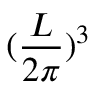
( \frac { L } { 2 \pi } ) ^ { 3 }